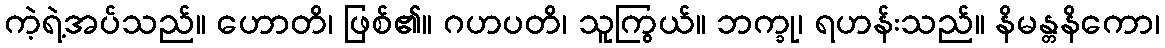
ကဲ့ရဲ့အပ်သည်။ ဟောတိ၊ ဖြစ်၏။ ဂဟပတိ၊ သူကြွယ်။ ဘက္ခု၊ ရဟန်းသည်။ နိမန္တနိကော၊